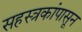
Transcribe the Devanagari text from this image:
सहस्त्रकांपासून